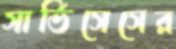
সার্ভিসেসের